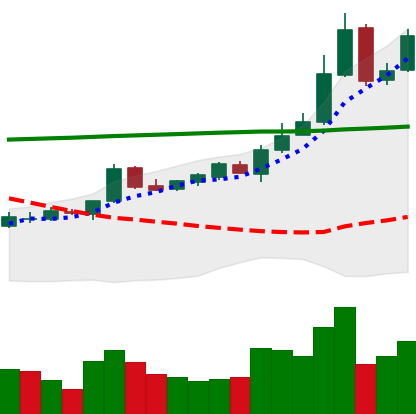
Ticker: BTC-USD
Chart end date: 2015-10-20
Forward return: 5.276%
Label: up_5_7